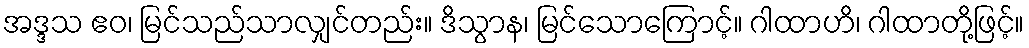
အဒ္ဒသ ဧဝ၊ မြင်သည်သာလျှင်တည်း။ ဒိသွာန၊ မြင်သောကြောင့်။ ဂါထာဟိ၊ ဂါထာတို့ဖြင့်။